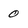
Character: 0